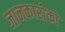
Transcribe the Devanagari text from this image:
जानकारीको